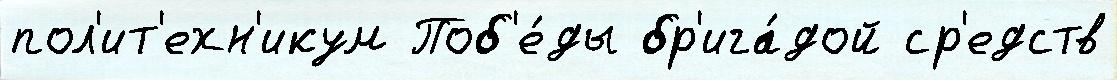
пол'ит'ехн'икум Поб'е́ды бр'ига́дой ср'едств